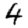
Digit: 4